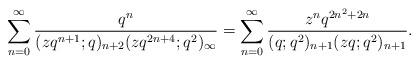
LaTeX: \begin{align*}\sum_{n=0}^{\infty} \frac{q^{n}}{(zq^{n+1};q)_{n+2} (zq^{2n+4};q^2)_{\infty}}=\sum_{n=0}^{\infty}\frac{z^nq^{2n^2+2n}}{(q;q^2)_{n+1}(zq;q^2)_{n+1}}.\end{align*}